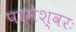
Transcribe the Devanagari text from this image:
परमेश्वरः